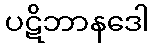
ပဋိဘာနဒေါ